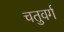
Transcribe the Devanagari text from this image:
चतुवर्ग